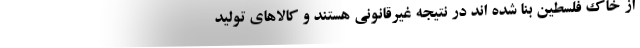
از خاک فلسطین بنا شده اند در نتیجه غیرقانونی هستند و کالاهای تولید